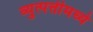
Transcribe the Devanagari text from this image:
व्युत्पत्तीमध्ये